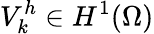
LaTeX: V_{k}^{h}\in H^{1}(\Omega)